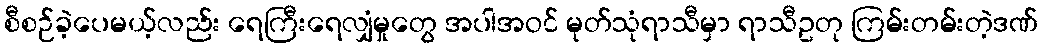
စီစဉ်ခဲ့ပေမယ့်လည်း ရေကြီးရေလျှံမှုတွေ အပါအဝင် မုတ်သုံရာသီမှာ ရာသီဥတု ကြမ်းတမ်းတဲ့ဒဏ်